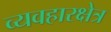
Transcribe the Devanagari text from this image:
व्यवहारक्षेत्र